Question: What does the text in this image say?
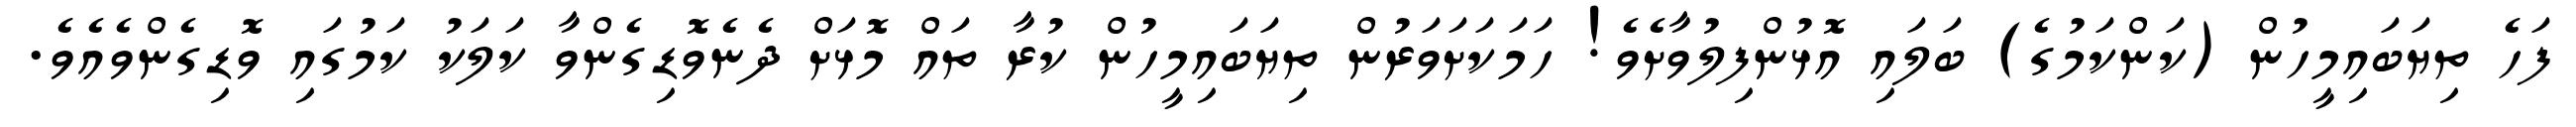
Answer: ފަހެ ތިޔަބައިމީހުން (ކަންކަމުގެ) ބަލައި އޮޅުންފިލުވާށެވެ! ހަމަކަށަވަރުން ތިޔަބައިމީހުން ކުރާ ތައް މޮޅަށް ދެނެވޮޑިގެންވާ ކަލަކު ކަމުގައި ވޮޑިގެންވެއެވެ.